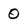
Character: 0